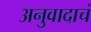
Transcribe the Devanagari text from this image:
अनुवादाचं